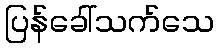
ပြန်ခေါ်သက်သေ